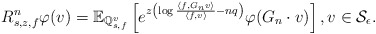
\begin{align*}R_{s,z,f}^n \varphi(v) = \mathbb{E}_{\mathbb{Q}_{s,f}^v} \left[ e^{ z \left( \log \frac{\langle f, G_n v \rangle}{\langle f, v \rangle} - nq \right) } \varphi(G_n \cdot v) \right], v \in \mathcal{S}_\epsilon. \end{align*}